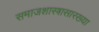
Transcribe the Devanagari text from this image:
समाजशास्त्रासारख्या